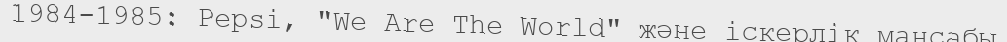
1984-1985: Pepsi, "We Are The World" және іскерлік мансабы